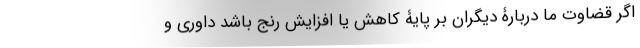
اگر قضاوت ما دربارۀ دیگران بر پایۀ کاهش یا افزایش رنج باشد داوری و